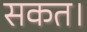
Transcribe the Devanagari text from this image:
सकत।